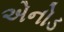
એનોડ